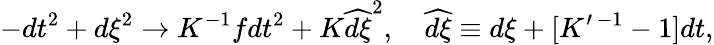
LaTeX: -dt^{2}+d\xi^{2}\to K^{-1}fdt^{2}+K\widehat{d\xi}^{2},\ \ \ \ \widehat{d\xi}\equiv d\xi+[K^{\prime\, -1}-1]dt,